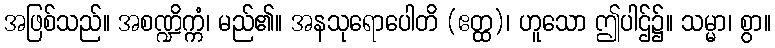
အဖြစ်သည်။ အစဏ္ဍိက္ကံ၊ မည်၏။ အနသုရောပေါတိ (ဧတ္ထ)၊ ဟူသော ဤပါဌ်၌။ သမ္မာ၊ စွာ။